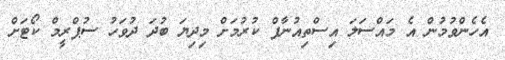
އެހެންވުމުން އެ މައްސަލަ އިސްތިއުނާފް ކުރުމަށް މިދިޔަ ބުދަ ދުވަހު ސުޕްރީމް ކޯޓަށް